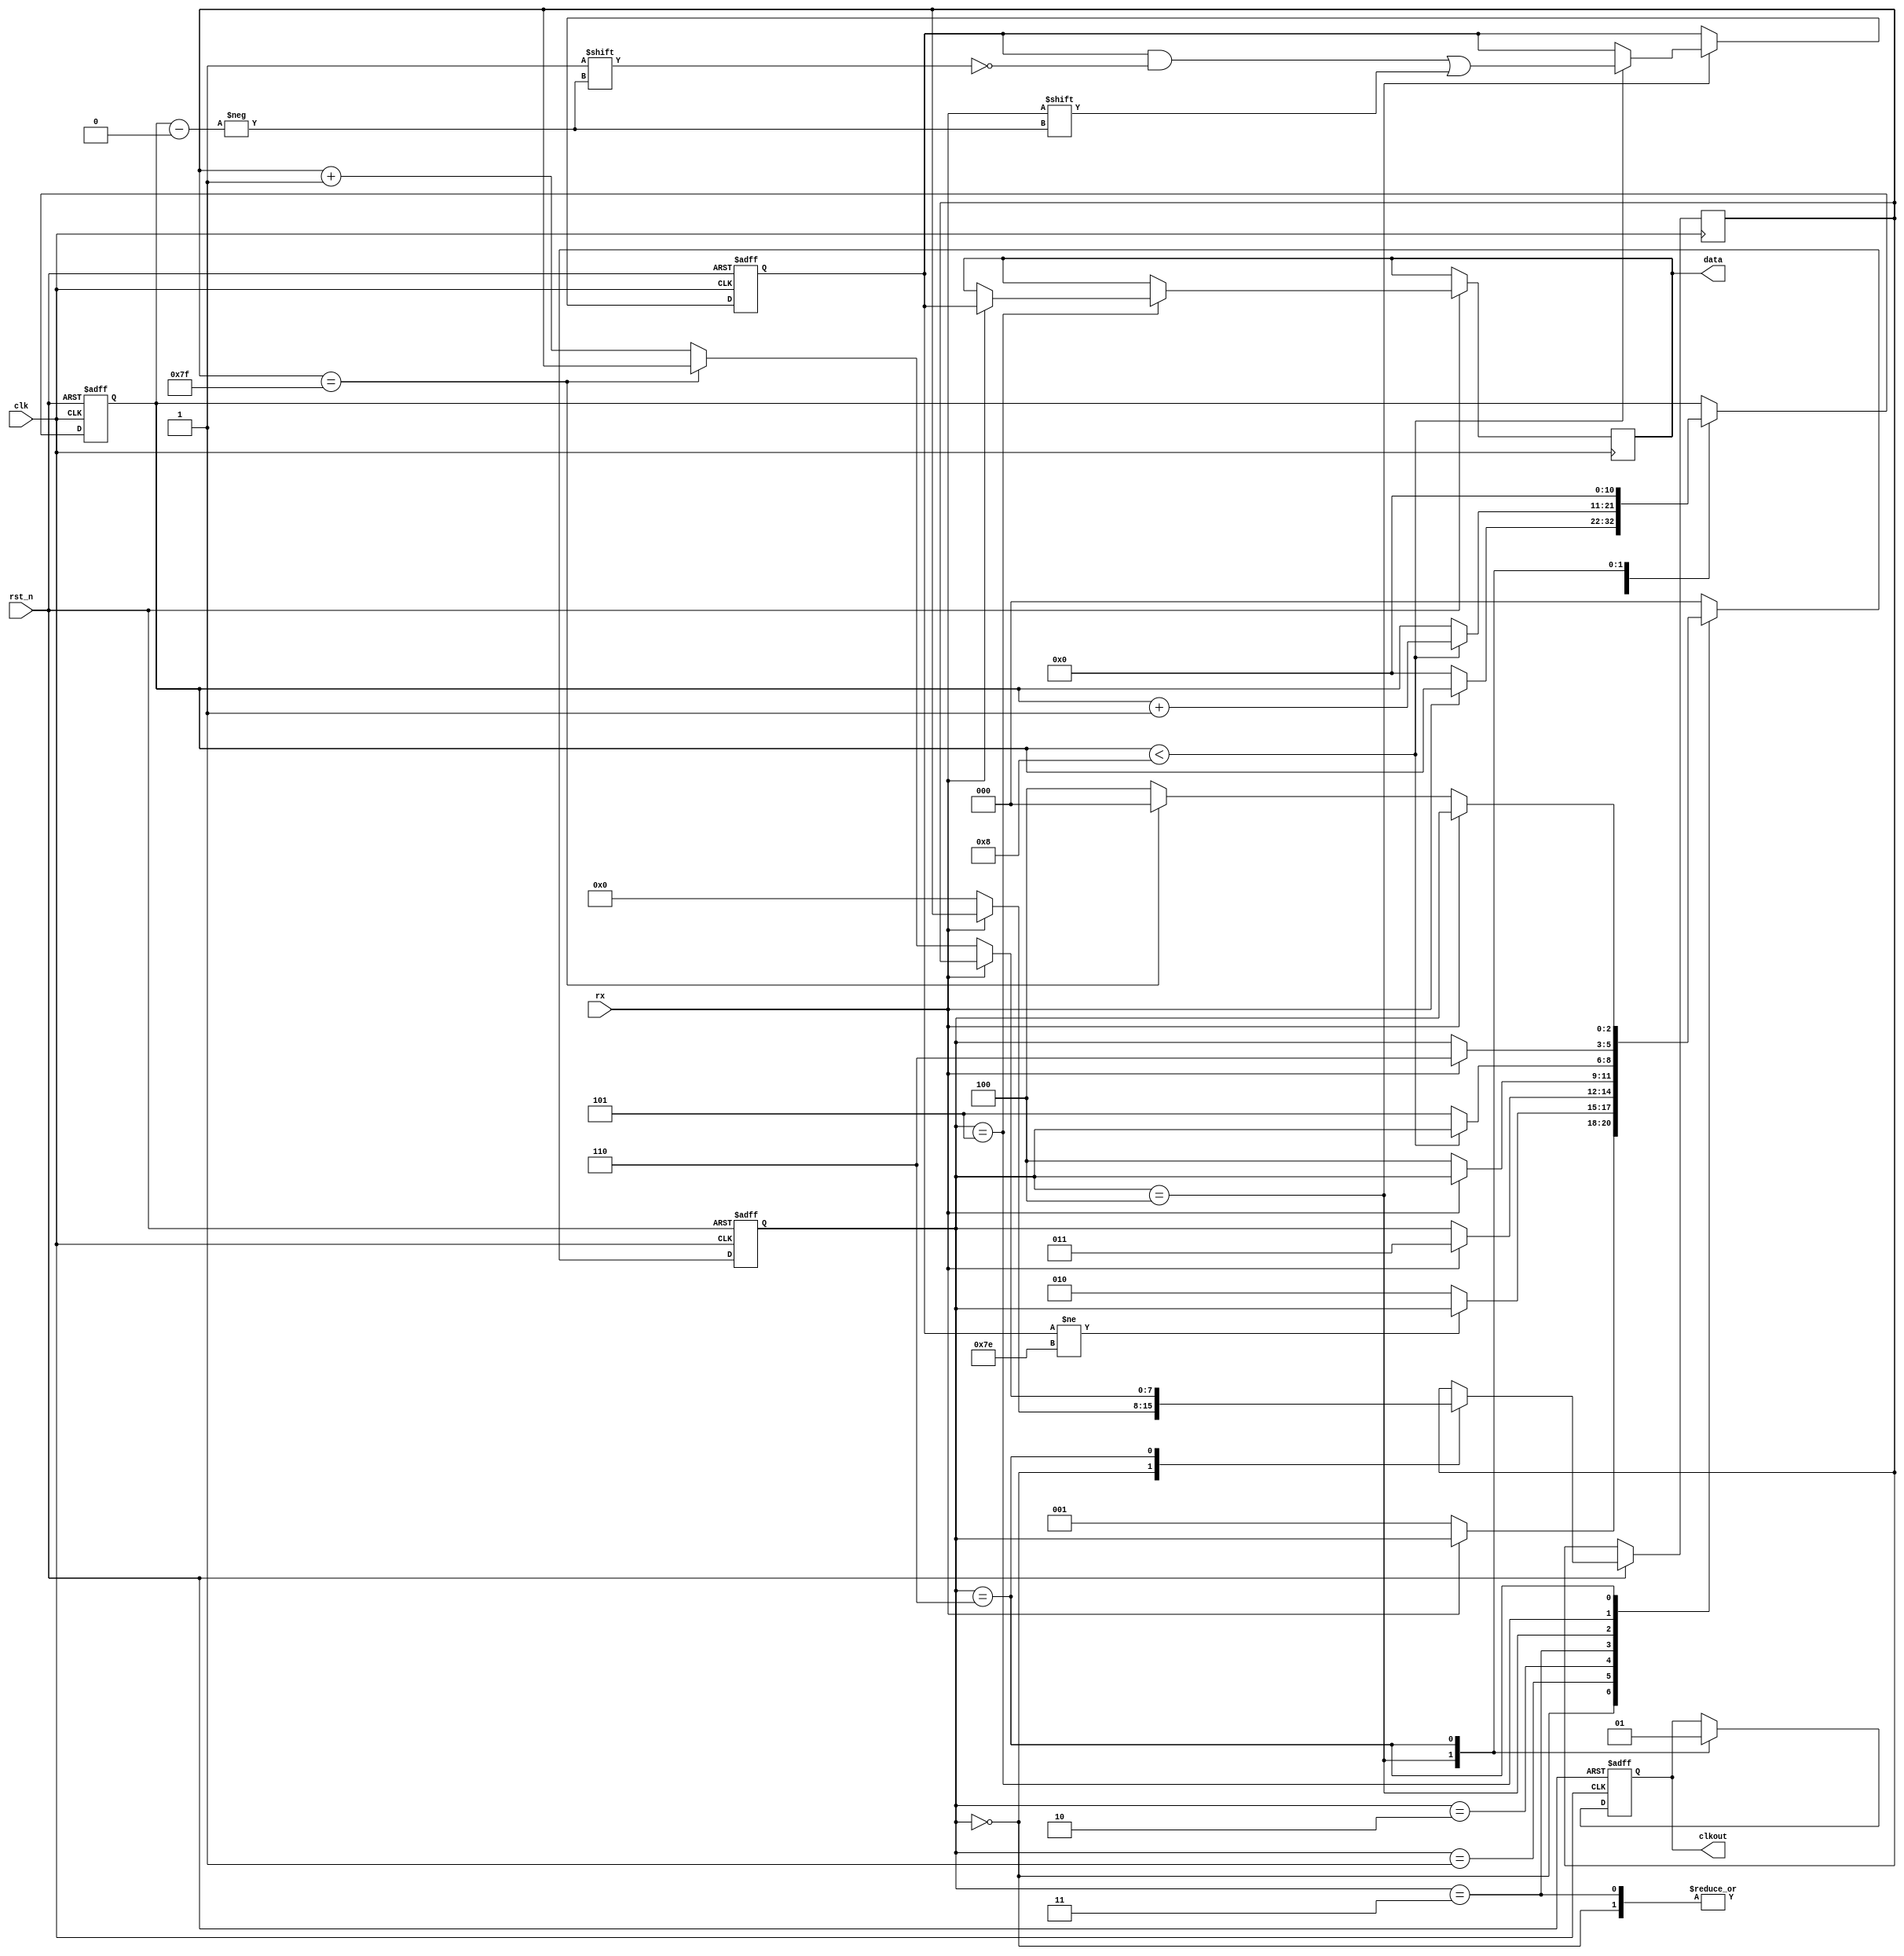
// This program was cloned from: https://github.com/rupin-r/CollegeProjects
// License: MIT License

module UART_Receiver (
    input wire clk,       // Clock signal
    input wire rst_n,     // Active-low reset signal
    input wire rx,        // UART receive data line
    output reg [7:0] data, // Received data
	 output reg clkout
);

    // Internal state variables
    reg [2:0] state;
    reg [10:0] bit_count;
    reg [7:0] shift_reg;
	 reg [7:0] counter;

    always @(posedge clk or negedge rst_n) begin
        if (!rst_n) begin
            state <= 3'b000;
            bit_count <= 11'b0;
            shift_reg <= 8'b0;
				clkout <= 1;
        end else begin
            case (state)
                3'b000: begin  // Wait for start bit
                    if (!rx) begin
								counter <= 0;	//reset counter and bit count
                        state <= 3'b001; // Move to next state
                        bit_count <= 11'b0;
                    end
                end

                3'b001: begin  // Receive data bits
                    if (shift_reg != 126) begin
								shift_reg = shift_reg << 1;
                        shift_reg[0] = rx;
                    end else begin
                        state <= 3'b010; // Move to next state (stop bit)
                    end
                end

                3'b010: begin  // Wait for stop bit
                    if (rx) begin
								state <= 3'b011; // Move to next state
                    end
                end

                3'b011: begin  // Wait for idle (start bit of next byte)
                    if (!rx) begin
								bit_count <= 11'b0; //reset bit count
								state <= 3'b100;
                    end
                end

                3'b100: begin  // Receive data bits
						  clkout <= 0;	//set the clkout to 0
                    if (bit_count < 8) begin
                        shift_reg[bit_count] <= rx;
                        bit_count <= bit_count + 1'b1;
                    end else begin
                        state <= 3'b101; // Move to next state (stop bit)
                    end
                end

                3'b101: begin  // Wait for stop bit
                    if (rx) begin
                        data <= shift_reg;
                        state <= 3'b110; // Move to next state
                    end
                end

                3'b110: begin  // Wait for idle (start bit of next byte)
						  bit_count = 11'b0;
						  clkout <= 1;	//finished receiving data, set the clkout to 1
                    if (!rx) begin
								if(counter == 8'b1111111) begin
									state <= 3'b000;
								end else begin
									counter <= counter + 1; //increment phase received by 1
									state <= 3'b100; // Move back to data reception
								end
                    end
                end
                default: begin
                    state <= 3'b000; //just restart if something happens
                end
            endcase
        end
    end
endmodule